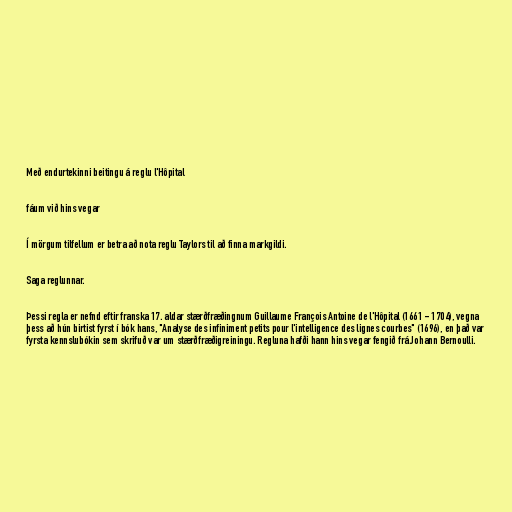
Með endurtekinni beitingu á reglu l'Hôpital

fáum við hins vegar

Í mörgum tilfellum er betra að nota reglu Taylors til að finna markgildi.

Saga reglunnar.

Þessi regla er nefnd eftir franska 17. aldar stærðfræðingnum Guillaume François Antoine de l'Hôpital (1661 - 1704), vegna
þess að hún birtist fyrst í bók hans, "Analyse des infiniment petits pour l'intelligence des lignes courbes" (1696), en það var
fyrsta kennslubókin sem skrifuð var um stærðfræðigreiningu. Regluna hafði hann hins vegar fengið frá Johann Bernoulli.